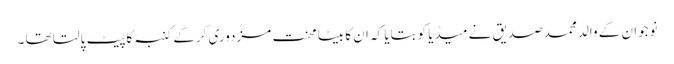
نوجوان کے والد محمدصدیق نے میڈیا کوبتایا کہ ان کا بیٹا محنت مزدوری کرکے کنبہ کاپیٹ پالتا تھا ۔